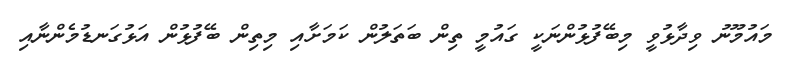
މައުމޫނު ވިދާޅުވީ މިބޭފުޅުންނަކީ ގައުމީ ތިން ބަތަލުން ކަމަށާއި މިތިން ބޭފުޅުން އަޅުގަނޑުމެންނާއި